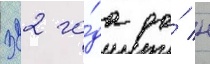
322 го́да до́ н